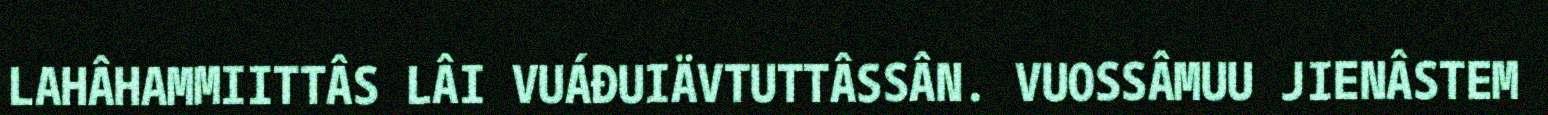
LAHÂHAMMIITTÂS LÂI VUÁĐUIÄVTUTTÂSSÂN. VUOSSÂMUU JIENÂSTEM